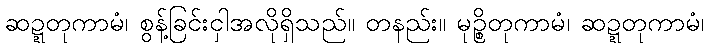
ဆဍ္ဍတုကာမံ၊ စွန့်ခြင်းငှါအလိုရှိသည်။ တနည်း။ မုဉ္စိတုကာမံ၊ ဆဍ္ဍတုကာမံ၊